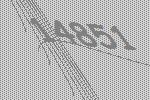
14851